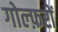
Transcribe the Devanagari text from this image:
गोल्फ़रों